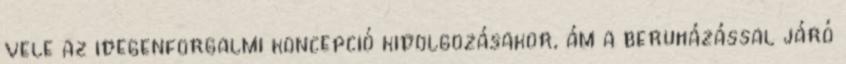
vele az idegenforgalmi koncepció kidolgozásakor, ám a beruházással járó